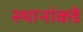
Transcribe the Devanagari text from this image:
स्थानांकडे